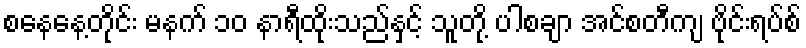
စနေနေ့တိုင်း မနက် ၁၀ နာရီထိုးသည်နှင့် သူတို့ ပါစချာ အင်စတီကျ ဗိုင်းရပ်စ်